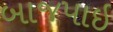
બાજપાઇ